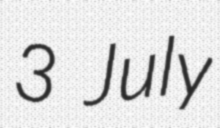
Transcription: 3 July